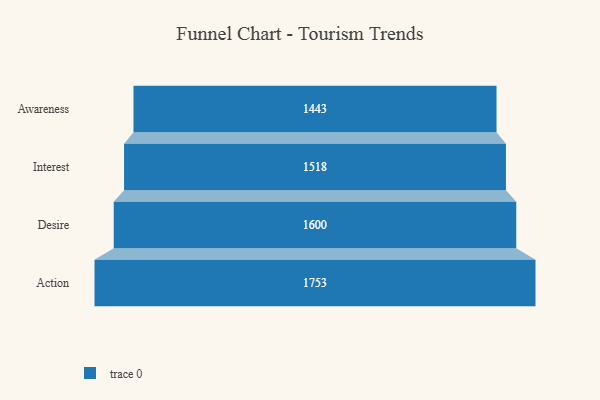
{"axis": {"x": "Stage", "y": "Value"}, "legend": [""], "data": [{"x": "Awareness", "y": 1443.0, "type": ""}, {"x": "Interest", "y": 1518.0, "type": ""}, {"x": "Desire", "y": 1600.0, "type": ""}, {"x": "Action", "y": 1753.0, "type": ""}]}